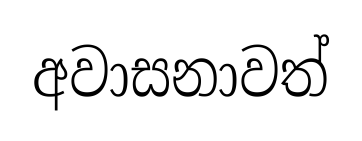
අවාසනාවත්